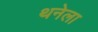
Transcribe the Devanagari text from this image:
थनेला